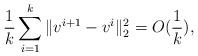
LaTeX: \begin{align*}\frac{1}{k}\sum_{i=1}^k\|v^{i+1}-v^i\|_2^2=O(\frac{1}{k}),\end{align*}